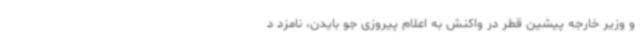
و وزیر خارجه پیشین قطر در واکنش به اعلام پیروزی جو بایدن، نامزد د